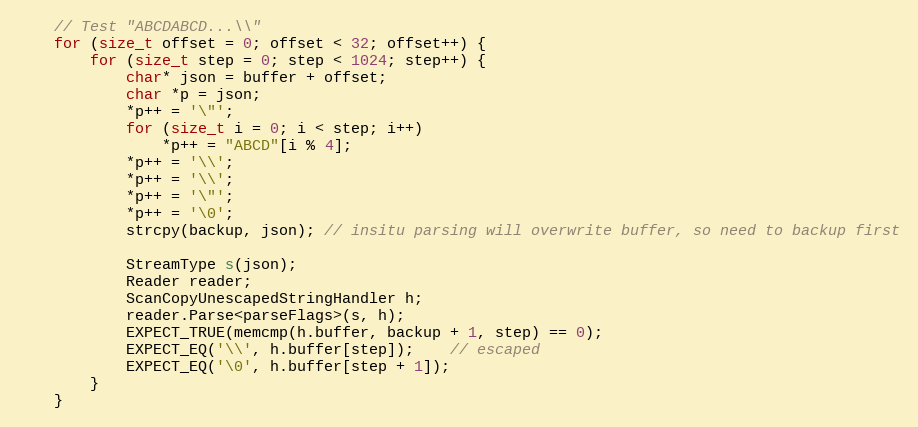
Language: C++
    // Test "ABCDABCD...\\"
    for (size_t offset = 0; offset < 32; offset++) {
        for (size_t step = 0; step < 1024; step++) {
            char* json = buffer + offset;
            char *p = json;
            *p++ = '\"';
            for (size_t i = 0; i < step; i++)
                *p++ = "ABCD"[i % 4];
            *p++ = '\\';
            *p++ = '\\';
            *p++ = '\"';
            *p++ = '\0';
            strcpy(backup, json); // insitu parsing will overwrite buffer, so need to backup first

            StreamType s(json);
            Reader reader;
            ScanCopyUnescapedStringHandler h;
            reader.Parse<parseFlags>(s, h);
            EXPECT_TRUE(memcmp(h.buffer, backup + 1, step) == 0);
            EXPECT_EQ('\\', h.buffer[step]);    // escaped
            EXPECT_EQ('\0', h.buffer[step + 1]);
        }
    }